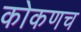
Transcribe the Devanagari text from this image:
कोकणच